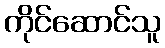
ကိုင်ဆောင်သူ